Problem: 15 + 17 = ?
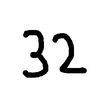
Handwritten answer: 32